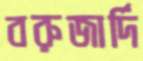
বরুজার্দি